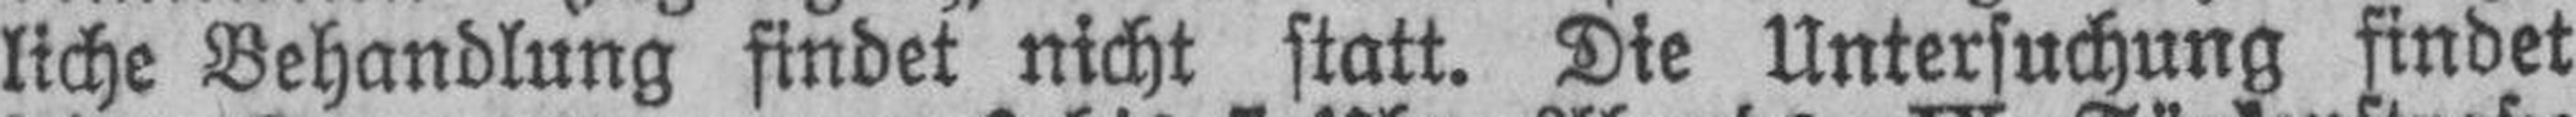
liche Behandlung findet nicht statt. Die Untersuchung findet